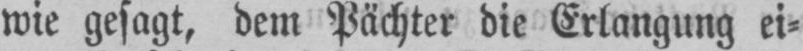
wie gesagt, dem Pächter die Erlangung ei⸗